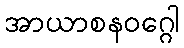
အာယာစနဝဂ္ဂေါ